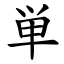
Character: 単